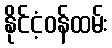
နိုင်ငံ့ဝန်ထမ်း